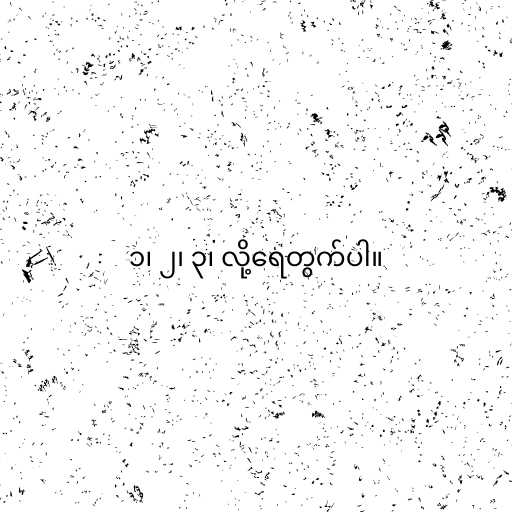
၁၊ ၂၊ ၃၊ လို့ရေတွက်ပါ။